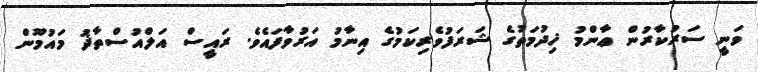
ވަނީ ސަރުކާރުން ޢާންމު ޚިދުމަތުގެ ޝަރަފުވެރިކަމުގެ އިނާމު އަރުވާފައެވެ. ރައީސް އަލްއުސްތާޛު މައުމޫން